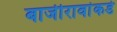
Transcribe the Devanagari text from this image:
बाजीरावांकडे